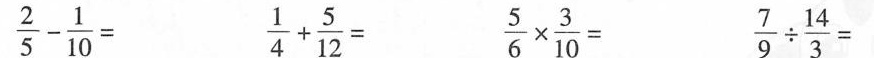
$$\frac{2}{5} - \frac{1}{10} = $$ $$\frac{1}{4} + \frac{5}{12} = $$$$\frac{5}{6}\times \frac{3}{10}=$$ $$\frac{7}{9}\div \frac{14}{3}=$$